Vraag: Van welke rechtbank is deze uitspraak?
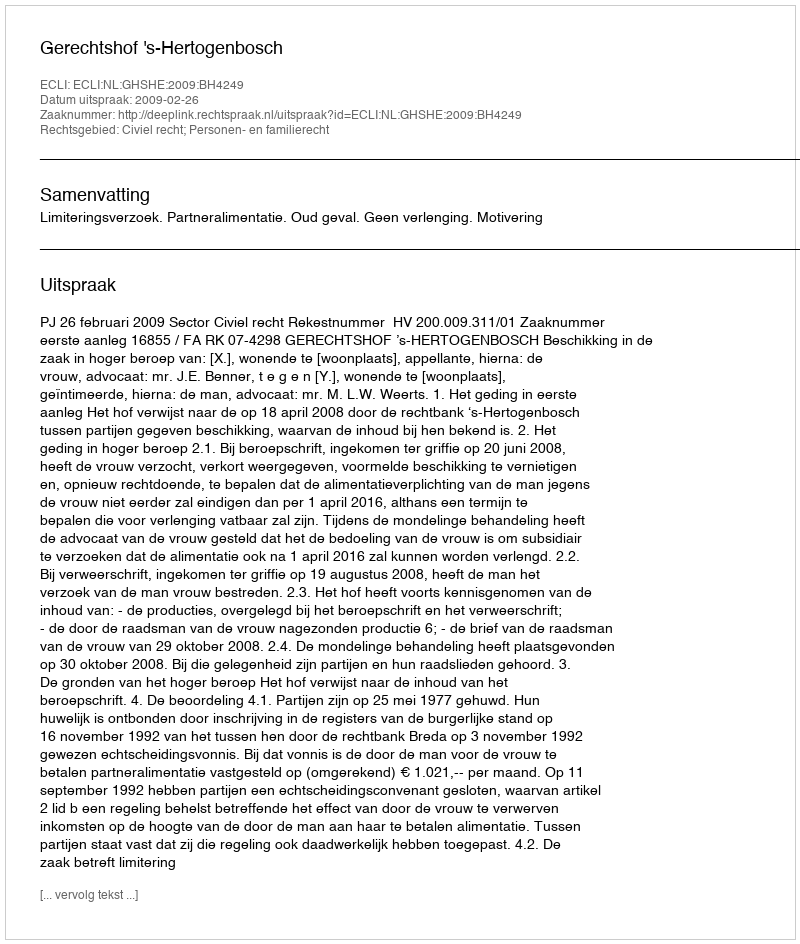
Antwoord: Gerechtshof 's-Hertogenbosch